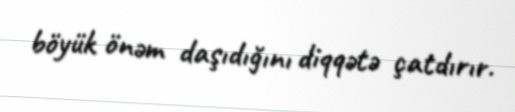
böyük önəm daşıdığını diqqətə çatdırır.